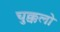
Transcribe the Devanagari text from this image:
चुक्कलो